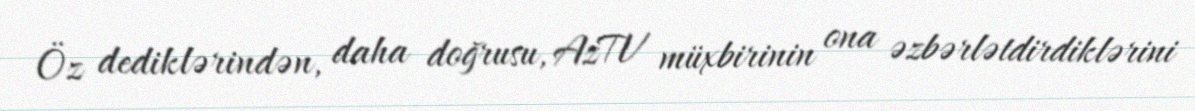
Öz dediklərindən, daha doğrusu, AzTV müxbirinin ona əzbərlətdirdiklərini